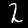
Label: 2